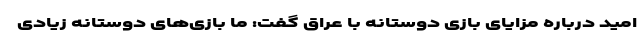
امید درباره مزایای بازی دوستانه با عراق گفت: ما بازی‌های دوستانه زیادی